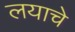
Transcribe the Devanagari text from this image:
लयाचे